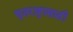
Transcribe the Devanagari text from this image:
धृतराष्ट्रासाठी